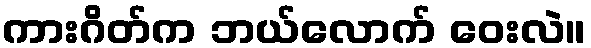
ကားဂိတ်က ဘယ်လောက် ဝေးလဲ။